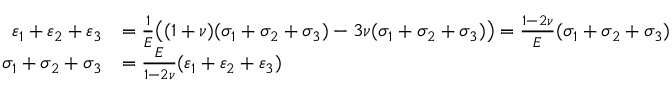
{ \begin{array} { r l } { \varepsilon _ { 1 } + \varepsilon _ { 2 } + \varepsilon _ { 3 } } & { = { \frac { 1 } { E } } { \big ( } ( 1 + \nu ) ( \sigma _ { 1 } + \sigma _ { 2 } + \sigma _ { 3 } ) - 3 \nu ( \sigma _ { 1 } + \sigma _ { 2 } + \sigma _ { 3 } ) { \big ) } = { \frac { 1 - 2 \nu } { E } } ( \sigma _ { 1 } + \sigma _ { 2 } + \sigma _ { 3 } ) } \\ { \sigma _ { 1 } + \sigma _ { 2 } + \sigma _ { 3 } } & { = { \frac { E } { 1 - 2 \nu } } ( \varepsilon _ { 1 } + \varepsilon _ { 2 } + \varepsilon _ { 3 } ) } \end{array} }